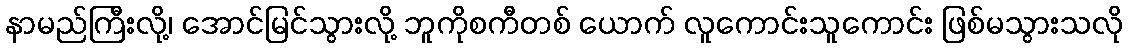
နာမည်ကြီးလို့၊ အောင်မြင်သွားလို့ ဘူကိုစကီတစ် ယောက် လူကောင်းသူကောင်း ဖြစ်မသွားသလို